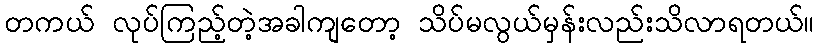
တကယ် လုပ်ကြည့်တဲ့အခါကျတော့ သိပ်မလွယ်မှန်းလည်းသိလာရတယ်။